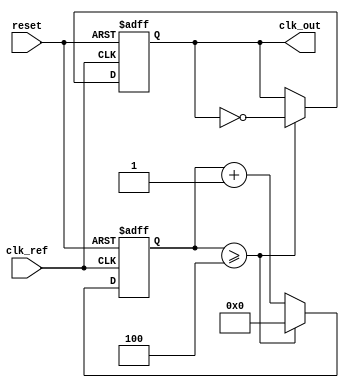
module type2_PLL (
    input wire clk_ref,          // Reference clock input
    input wire reset,            // Reset signal
    output reg clk_out           // Output clock
);

    // Parameters
    parameter N = 4;             // Frequency division ratio
    parameter Kp = 1;            // Proportional gain for PD
    parameter Ki = 1;            // Integral gain for LF
    parameter VCO_MAX = 100;     // Maximum VCO frequency
    parameter VCO_MIN = 10;      // Minimum VCO frequency

    // Internal signals
    reg [31:0] phase_error;      // Phase error signal from PD
    reg [31:0] control_voltage;   // Control voltage from LF
    reg [31:0] vco_frequency;     // Current frequency of VCO
    reg [31:0] feedback_counter;   // Feedback counter for division
    reg clk_vco;                  // VCO output clock

    // Phase Detector (PD)
    always @(posedge clk_ref or posedge reset) begin
        if (reset) begin
            phase_error <= 0;
        end else begin
            // Simple phase comparison logic
            if (feedback_counter < N) begin
                phase_error <= Kp; // Output positive error
            end else if (feedback_counter > N) begin
                phase_error <= -Kp; // Output negative error
            end else begin
                phase_error <= 0; // No error
            end
        end
    end

    // Loop Filter (LF)
    always @(posedge clk_ref or posedge reset) begin
        if (reset) begin
            control_voltage <= 0;
        end else begin
            // Simple PI controller for loop filter
            control_voltage <= control_voltage + phase_error + (Ki * phase_error);
        end
    end

    // Voltage-Controlled Oscillator (VCO)
    always @(posedge clk_ref or posedge reset) begin
        if (reset) begin
            vco_frequency <= VCO_MIN; // Start at minimum frequency
        end else begin
            // Adjust VCO frequency based on control voltage
            if (control_voltage > VCO_MAX) begin
                vco_frequency <= VCO_MAX;
            end else if (control_voltage < VCO_MIN) begin
                vco_frequency <= VCO_MIN;
            end else begin
                vco_frequency <= control_voltage; // Set frequency based on control voltage
            end
        end
    end

    // Feedback Path and Frequency Divider
    always @(posedge clk_ref or posedge reset) begin
        if (reset) begin
            feedback_counter <= 0;
            clk_out <= 0;
        end else begin
            // Simple frequency divider
            feedback_counter <= feedback_counter + 1;
            if (feedback_counter >= N) begin
                feedback_counter <= 0;
                clk_out <= ~clk_out; // Toggle output clock
            end
        end
    end

    // VCO Output Clock Generation
    always @(posedge clk_ref) begin
        if (feedback_counter < vco_frequency) begin
            clk_vco <= ~clk_vco; // Toggle VCO clock based on frequency
        end
    end

endmodule